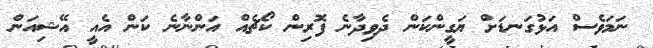
ނަމަވެސް އަޅުގަނޑަށް ޔަގީންކަން ދެވިދާނެ ފޮރިން ކޯޗެއް އަންނާނެ ކަން އެއީ އޭޝިއަން